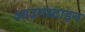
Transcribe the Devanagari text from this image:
आउगस्टाइन